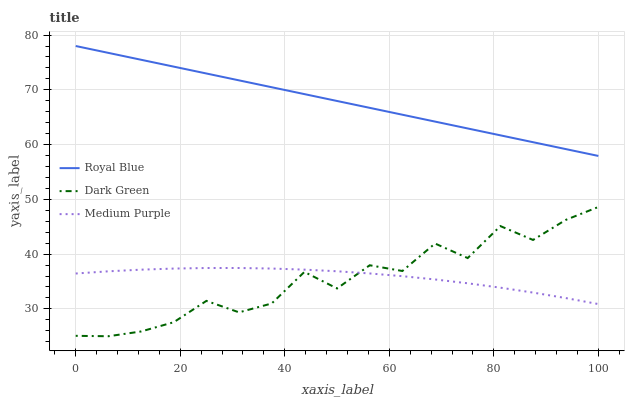
| xaxis_label | Royal Blue | Dark Green | Medium Purple |
 | --- | --- | --- | --- |
 | 0 | 78 | 25.1 | 36.5 |
 | 6.25 | 76.7 | 25 | 36.9 |
 | 12.5 | 75.5 | 25.9 | 37.2 |
 | 18.8 | 74.2 | 27.6 | 37.4 |
 | 25 | 73 | 31.5 | 37.5 |
 | 31.2 | 71.7 | 29.4 | 37.5 |
 | 37.5 | 70.5 | 31 | 37.4 |
 | 43.8 | 69.2 | 36.7 | 37.2 |
 | 50 | 68 | 33.7 | 36.9 |
 | 56.2 | 66.7 | 38 | 36.5 |
 | 62.5 | 65.5 | 36.9 | 36 |
 | 68.8 | 64.2 | 41.9 | 35.4 |
 | 75 | 62.9 | 39.3 | 34.7 |
 | 81.2 | 61.7 | 45.1 | 33.9 |
 | 87.5 | 60.4 | 42.6 | 33 |
 | 93.8 | 59.2 | 46.2 | 32 |
 | 100 | 57.9 | 48.6 | 30.9 |